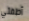
أطفئي